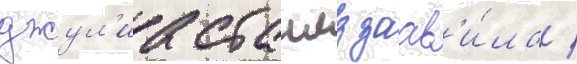
джул'иа стаилз заав'и́ла /